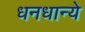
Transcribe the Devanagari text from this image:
धनधान्ये